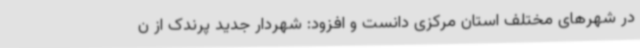
در شهرهای مختلف استان مرکزی دانست و افزود: شهردار جدید پرندک از ن